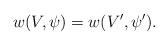
LaTeX: \begin{align*}w(V,\psi)=w(V',\psi').\end{align*}